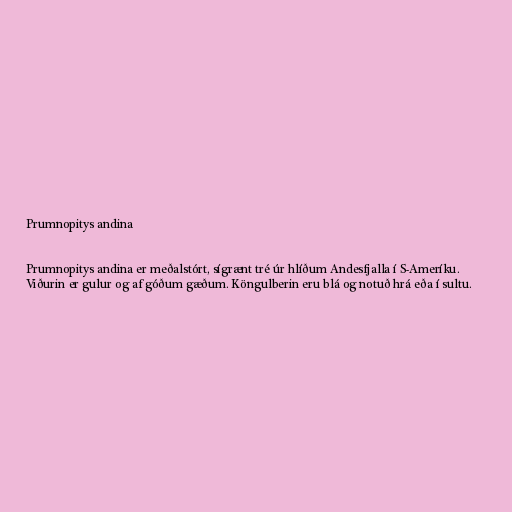
Prumnopitys andina

Prumnopitys andina er meðalstórt, sígrænt tré úr hlíðum Andesfjalla í S-Ameríku.
Viðurin er gulur og af góðum gæðum. Köngulberin eru blá og notuð hrá eða í sultu.